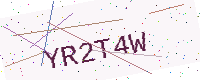
Text: YR2T4W